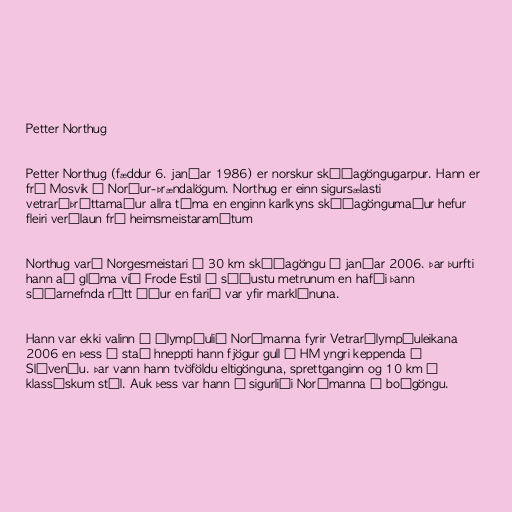
Petter Northug

Petter Northug (fæddur 6. janúar 1986) er norskur skíðagöngugarpur. Hann er
frá Mosvik í Norður-Þrændalögum. Northug er einn sigursælasti
vetraríþróttamaður allra tíma en enginn karlkyns skíðagöngumaður hefur
fleiri verðlaun frá heimsmeistaramótum

Northug varð Norgesmeistari í 30 km skíðagöngu í janúar 2006. Þar þurfti
hann að glíma við Frode Estil á síðustu metrunum en hafði þann
síðarnefnda rétt áður en farið var yfir marklínuna.

Hann var ekki valinn í ólympíulið Norðmanna fyrir Vetrarólympíuleikana
2006 en þess í stað hneppti hann fjögur gull á HM yngri keppenda í
Slóveníu. Þar vann hann tvöföldu eltigönguna, sprettganginn og 10 km í
klassískum stíl. Auk þess var hann í sigurliði Norðmanna í boðgöngu.